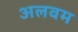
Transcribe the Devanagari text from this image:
अलवम